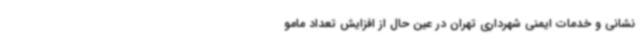
نشانی و خدمات ایمنی شهرداری تهران در عین حال از افزایش تعداد مامو